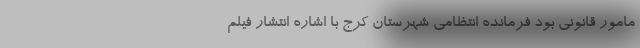
مامور قانونی بود فرمانده انتظامی شهرستان کرج با اشاره انتشار فیلم